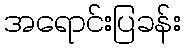
အရောင်းပြခန်း